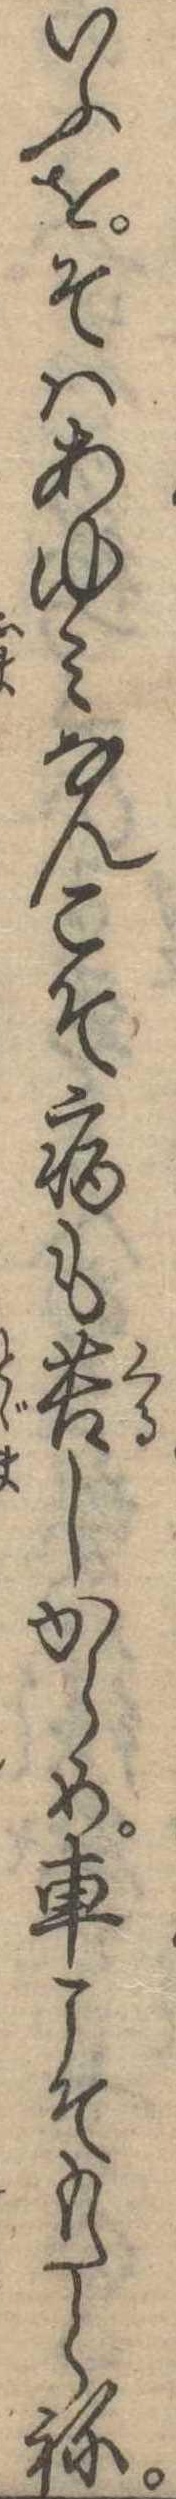
いふをそはあゆみなんこそ病も苦しからめ車こそもたらね